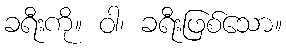
ခရီးကို။ ဝါ၊ ခရီးဖြစ်သော။